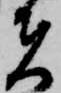
者